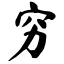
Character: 穷